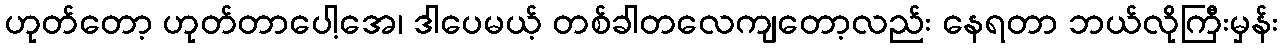
ဟုတ်တော့ ဟုတ်တာပေါ့အေ၊ ဒါပေမယ့် တစ်ခါတလေကျတော့လည်း နေရတာ ဘယ်လိုကြီးမှန်း